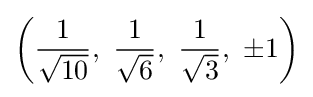
\left({\frac {1}{\sqrt {10}}},\ {\frac {1}{\sqrt {6}}},\ {\frac {1}{\sqrt {3}}},\ \pm 1\right)